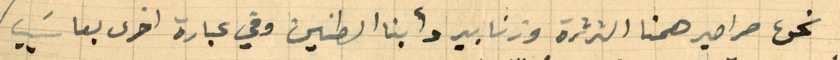
نحن صراصير همنا الثرثرة وزنابير دأبنا الطنين وفي عبارة اخرى يعاسَيب